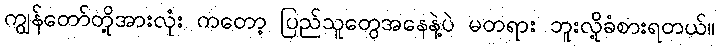
ကျွန်တော်တို့အားလုံး ကတော့ ပြည်သူတွေအနေနဲ့ပဲ မတရား ဘူးလို့ခံစားရတယ်။